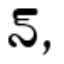
న్,